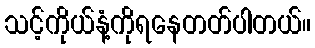
သင့်ကိုယ်နံ့ကိုရနေတတ်ပါတယ်။